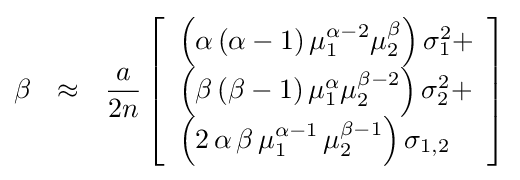
\beta \,\,\,\,\approx \,\,\,\,{\frac {a}{2n}}\left[{\begin{array}{l}\left({\alpha \left({\alpha -1}\right)\mu _{1}^{\alpha -2}\mu _{2}^{\beta }}\right)\sigma _{1}^{2}+\\\left({\beta \left({\beta -1}\right)\mu _{1}^{\alpha }\mu _{2}^{\beta -2}}\right)\sigma _{2}^{2}+\\\left({2\,\alpha \,\beta \,\mu _{1}^{\alpha -1}\,\mu _{2}^{\beta -1}}\right)\sigma _{1,2}\\\end{array}}\right]